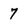
Character: 7